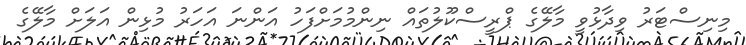
މިނިސްޓަރު ވިދާޅުވީ މާލޭގެ ޕްރީސްކޫލުތައް ނިންމުމަށްފަހު އަންނަ އަހަރު މުޅިން އަލަށް މާލޭގެ